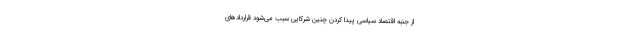
از جنبه اقتصاد سیاسی پیدا کردن چنین شرکایی سبب می‌شود قراردادهای